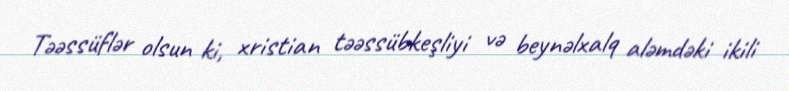
Təəssüflər olsun ki, xristian təəssübkeşliyi və beynəlxalq aləmdəki ikili